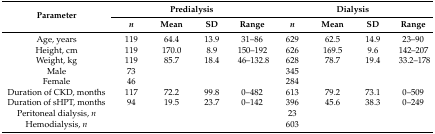
<table><thead><tr><td rowspan="2"><b>Parameter</b></td><td colspan="4"><b>Predialysis</b></td><td colspan="4"><b>Dialysis</b></td></tr><tr><td><b><i>n</i></b></td><td><b>Mean</b></td><td><b>SD</b></td><td><b>Range</b></td><td><b><i>n</i></b></td><td><b>Mean</b></td><td><b>SD</b></td><td><b>Range</b></td></tr></thead><tbody><tr><td>Age, years</td><td>119</td><td>64.4</td><td>13.9</td><td>31–86</td><td>629</td><td>62.5</td><td>14.9</td><td>23–90</td></tr><tr><td>Height, cm</td><td>119</td><td>170.0</td><td>8.9</td><td>150–192</td><td>626</td><td>169.5</td><td>9.6</td><td>142–207</td></tr><tr><td>Weight, kg</td><td>119</td><td>85.7</td><td>18.4</td><td>46–132.8</td><td>628</td><td>78.7</td><td>19.4</td><td>33.2–178</td></tr><tr><td>Male</td><td>73</td><td></td><td></td><td></td><td>345</td><td></td><td></td><td></td></tr><tr><td>Female</td><td>46</td><td></td><td></td><td></td><td>284</td><td></td><td></td><td></td></tr><tr><td>Duration of CKD, months</td><td>117</td><td>72.2</td><td>99.8</td><td>0–482</td><td>613</td><td>79.2</td><td>73.1</td><td>0–509</td></tr><tr><td>Duration of sHPT, months</td><td>94</td><td>19.5</td><td>23.7</td><td>0–142</td><td>396</td><td>45.6</td><td>38.3</td><td>0–249</td></tr><tr><td>Peritoneal dialysis, <i>n</i></td><td></td><td></td><td></td><td></td><td>23</td><td></td><td></td><td></td></tr><tr><td>Hemodialysis, <i>n</i></td><td></td><td></td><td></td><td></td><td>603</td><td></td><td></td><td></td></tr></tbody></table>